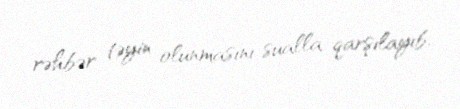
rəhbər təyin olunmasını sualla qarşılayıb.